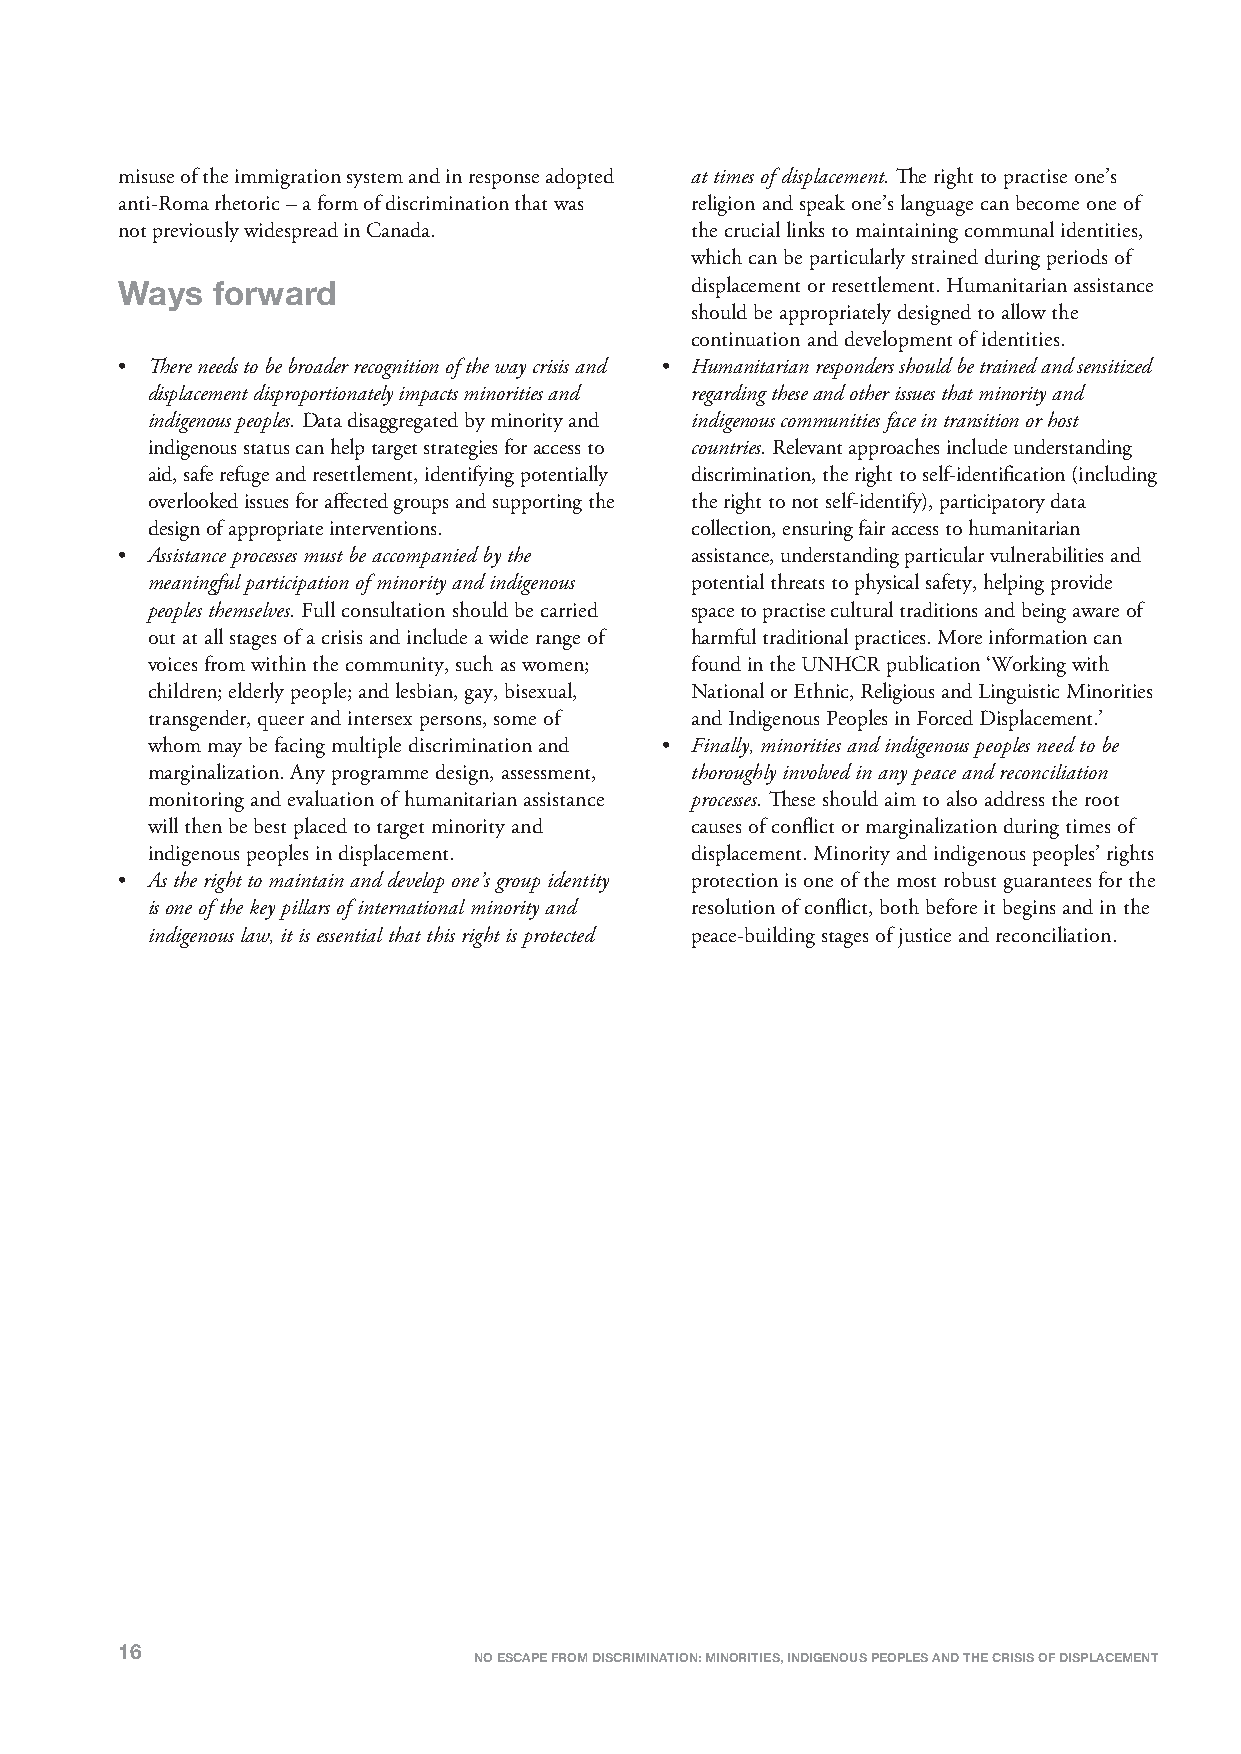
misuse of the immigration system and in response adopted at times of displacement.The right to practise one’s
 anti-Roma rhetoric – a form of discrimination that was religion and speak one’s language can become one of
 not previously widespread in Canada.  the crucial links to maintaining communal identities,
 which can be particularly strained during periods of
 Ways  forward                         displacement or resettlement. Humanitarian assistance
 should be appropriately designed to allow the
 continuation and development of identities.
 • There needs to be broader recognition of the way crisis and • Humanitarian responders should be trained and sensitized
 displacement disproportionately impacts minorities and regarding these and other issues that minority and
 indigenous peoples.Data disaggregated by minority and indigenous communities face in transition or host
 indigenous status can help target strategies for access to countries.Relevant approaches include understanding
 aid, safe refuge and resettlement, identifying potentially discrimination, the right to self-identification (including
 overlooked issues for affected groups and supporting the the right to not self-identify), participatory data
 design of appropriate interventions. collection, ensuring fair access to humanitarian
 • Assistance processes must be accompanied by the assistance, understanding particular vulnerabilities and
 meaningful participation of minority and indigenous potential threats to physical safety, helping provide
 peoples themselves.Full consultation should be carried space to practise cultural traditions and being aware of
 out at all stages of a crisis and include a wide range of harmful traditional practices. More information can
 voices from within the community, such as women; found in the UNHCR publication ‘Working with
 children; elderly people; and lesbian, gay, bisexual, National or Ethnic, Religious and Linguistic Minorities
 transgender, queer and intersex persons, some of and Indigenous Peoples in Forced Displacement.’
 whom may be facing multiple discrimination and • Finally, minorities and indigenous peoples need to be
 marginalization. Any programme design, assessment, thoroughly involved in any peace and reconciliation
 monitoring and evaluation of humanitarian assistance processes.These should aim to also address the root
 will then be best placed to target minority and causes of conflict or marginalization during times of
 indigenous peoples in displacement. displacement. Minority and indigenous peoples’ rights
 • As the right to maintain and develop one’s group identity protection is one of the most robust guarantees for the
 is one of the key pillars of international minority and resolution of conflict, both before it begins and in the
 indigenous law, it is essential that this right is protected peace-building stages of justice and reconciliation.
 16
 NO ESCAPE FROM DISCRIMINATION: MINORITIES, INDIGENOUS PEOPLES AND THE CRISIS OF DISPLACEMENT